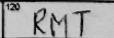
Transcription: RMT